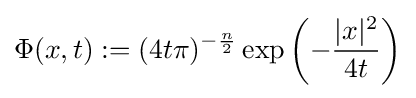
\Phi (x,t):=(4t\pi )^{-{\frac {n}{2}}}\exp \left(-{\frac {|x|^{2}}{4t}}\right)